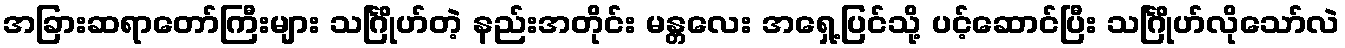
အခြားဆရာတော်ကြီးများ သင်္ဂြိုဟ်တဲ့ နည်းအတိုင်း မန္တလေး အရှေ့ပြင်သို့ ပင့်ဆောင်ပြီး သင်္ဂြိုဟ်လိုသော်လဲ